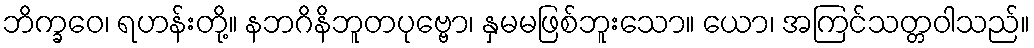
ဘိက္ခဝေ၊ ရဟန်းတို့။ နဘဂိနိဘူတပုဗ္ဗော၊ နှမမဖြစ်ဘူးသော။ ယော၊ အကြင်သတ္တဝါသည်။